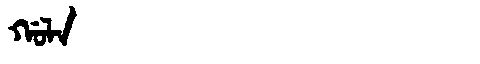
Manchu: ᡤᠣᠯᠠ
Romanization: GOLA